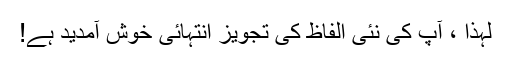
لہذا ، آپ کی نئی الفاظ کی تجویز انتہائی خوش آمدید ہے!